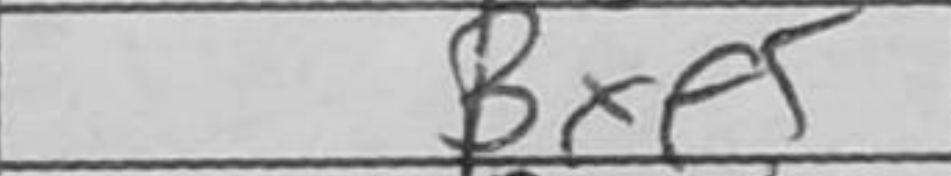
Transcription: Bxe5